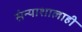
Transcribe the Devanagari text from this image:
संन्याशालाही